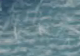
اتمانع